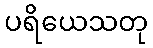
ပရိယေသတု